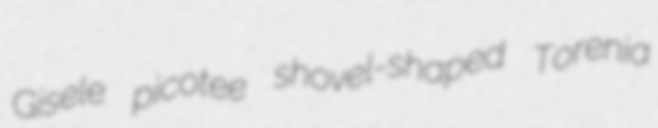
Gisele picotee shovel-shaped Torenia